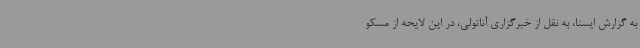
به گزارش ایسنا، به نقل از خبرگزاری آناتولی، در این لایحه از مسکو